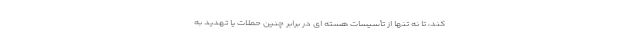
کند، تا نه تنها از تأسیسات هسته ای در برابر چنین حملات یا تهدید به